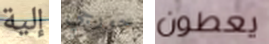
إلية جورجي يعطون